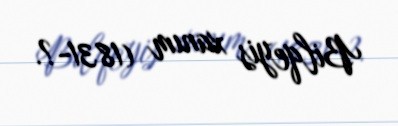
Bilqeyis xanım (1831-?.